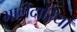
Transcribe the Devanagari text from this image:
भागेदारियाँ